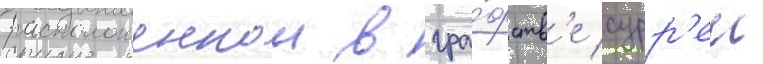
расположеннои в гра́фств'е сурр'еи